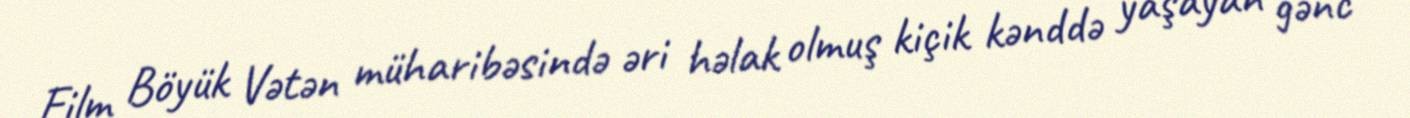
Film Böyük Vətən müharibəsində əri həlak olmuş kiçik kənddə yaşayan gənc